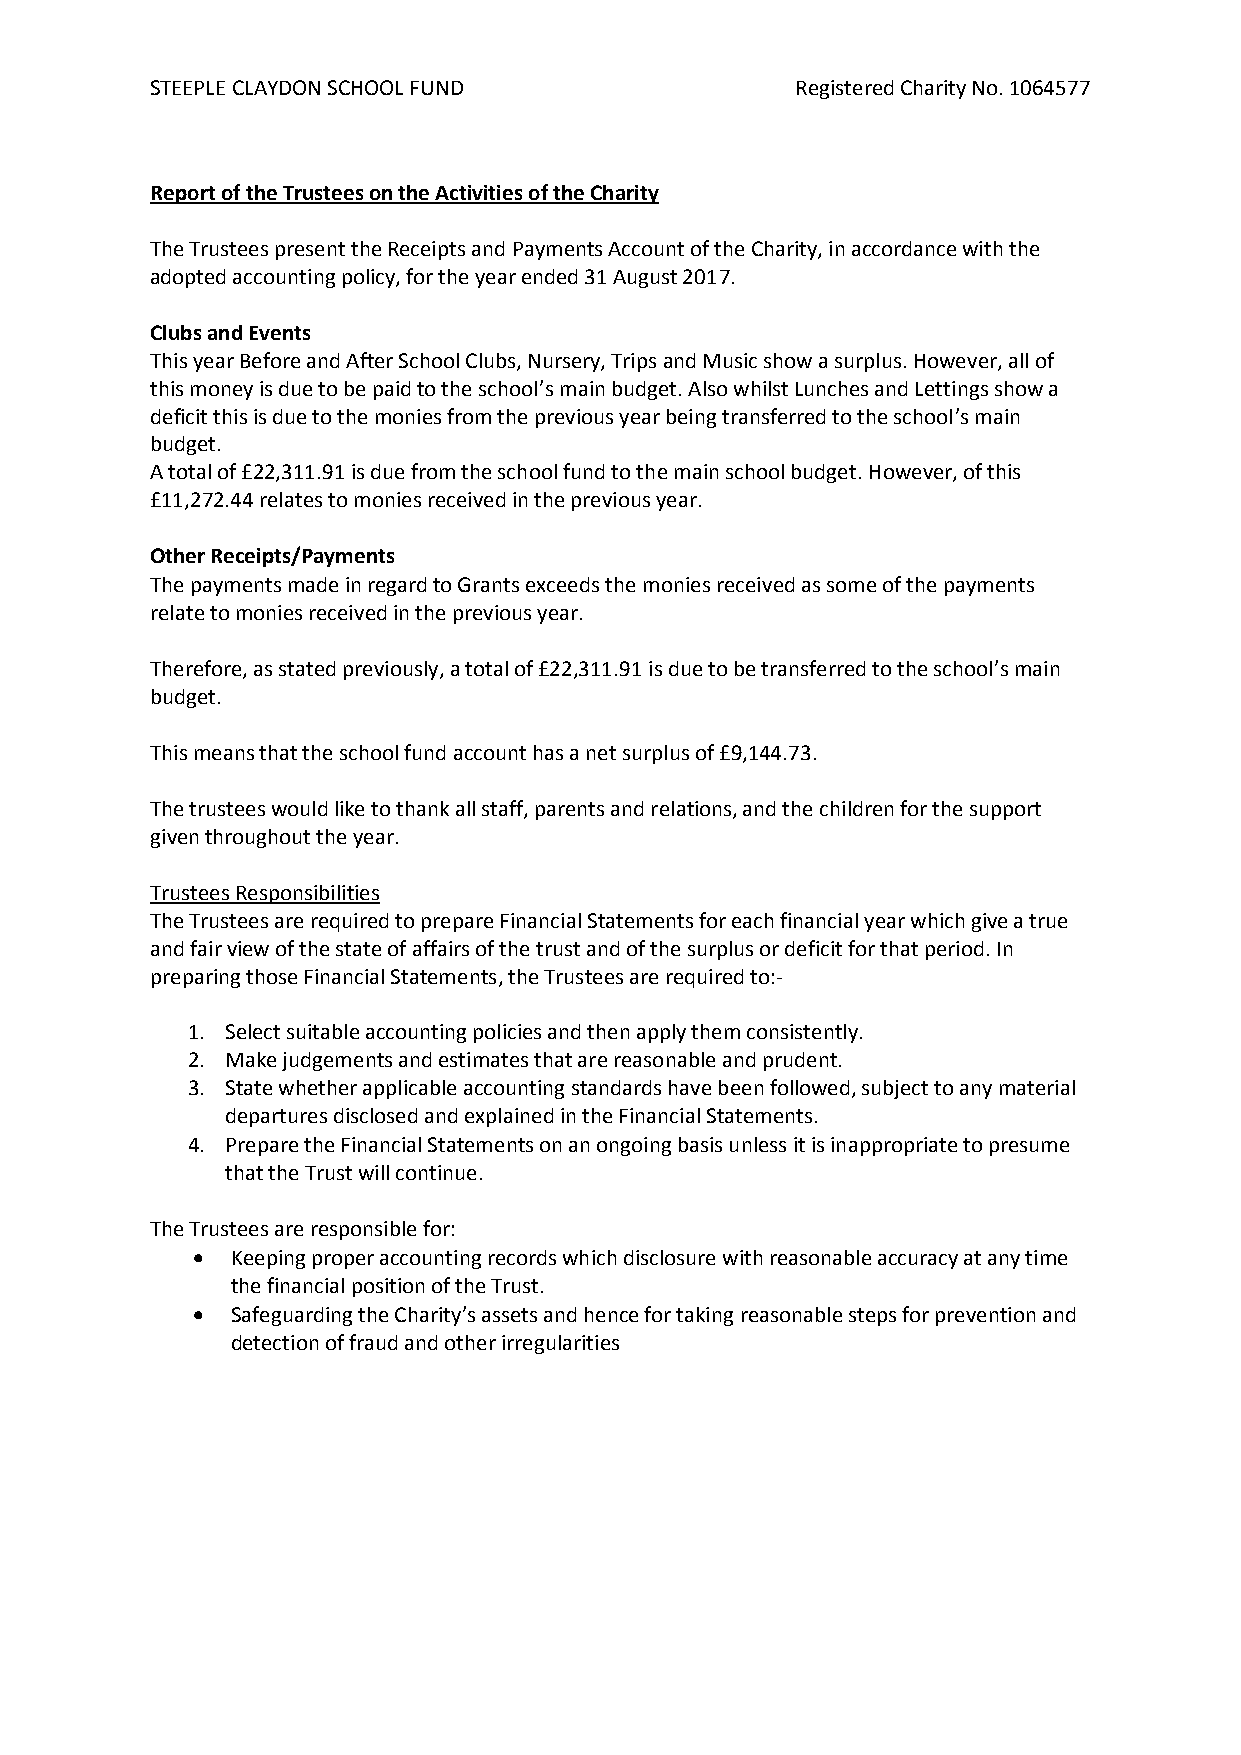
STEEPLE CLAYDON SCHOOL FUND                Registered Charity No. 1064577
 Report of the Trustees on the Activities of the Charity
 The Trustees present the Receipts and Payments Account of the Charity, in accordance with the
 adopted accounting policy, for the year ended 31 August 2017.
 Clubs and Events
 This year Before and After School Clubs, Nursery, Trips and Music show a surplus. However, all of
 this money is due to be paid to the school’s main budget. Also whilst Lunches and Lettings show a
 deficit this is due to the monies from the previous year being transferred to the school’s main
 budget.
 A total of £22,311.91 is due from the school fund to the main school budget. However, of this
 £11,272.44 relates to monies received in the previous year.
 Other Receipts/Payments
 The payments made in regard to Grants exceeds the monies received as some of the payments
 relate to monies received in the previous year.
 Therefore, as stated previously, a total of £22,311.91 is due to be transferred to the school’s main
 budget.
 This means that the school fund account has a net surplus of £9,144.73.
 The trustees would like to thank all staff, parents and relations, and the children for the support
 given throughout the year.
 Trustees Responsibilities
 The Trustees are required to prepare Financial Statements for each financial year which give a true
 and fair view of the state of affairs of the trust and of the surplus or deficit for that period. In
 preparing those Financial Statements, the Trustees are required to:-
 1. Select suitable accounting policies and then apply them consistently.
 2. Make judgements and estimates that are reasonable and prudent.
 3. State whether applicable accounting standards have been followed, subject to any material
 departures disclosed and explained in the Financial Statements.
 4. Prepare the Financial Statements on an ongoing basis unless it is inappropriate to presume
 that the Trust will continue.
 The Trustees are responsible for:
  Keeping proper accounting records which disclosure with reasonable accuracy at any time
 the financial position of the Trust.
  Safeguarding the Charity’s assets and hence for taking reasonable steps for prevention and
 detection of fraud and other irregularities